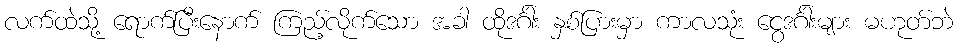
လက်ထဲသို့ ရောက်ပြီးနောက် ကြည့်လိုက်သော အခါ ထိုဒင်္ဂါး နှစ်ပြားမှာ ကာလသုံး ငွေဒင်္ဂါးများ မဟုတ်ဘဲ